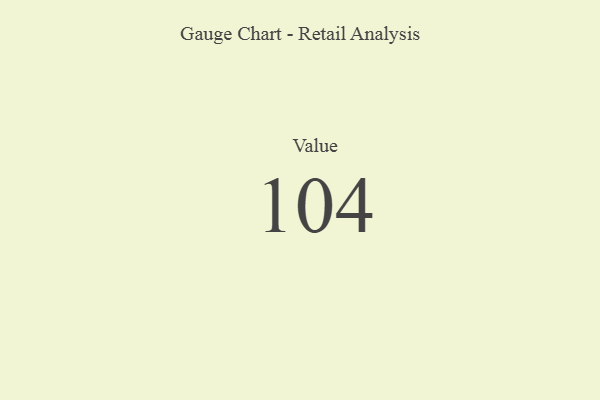
{"axis": {"x": "Metric", "y": "Value"}, "legend": [""], "data": [{"x": "Value", "y": 104, "type": ""}]}